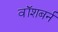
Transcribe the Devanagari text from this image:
वॉशबर्न